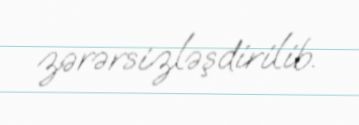
zərərsizləşdirilib.